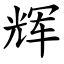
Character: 辉